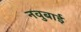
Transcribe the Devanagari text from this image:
नवुबाई